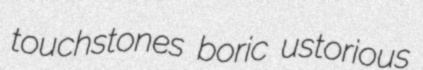
touchstones boric ustorious